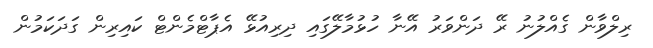
ރިލްވާން ގެއްލުނު ރޭ ދަންވަރު އޭނާ ހުޅުމާލޭގައި ދިރިއުޅޭ އެޕާޓްމެންޓް ކައިރިން ގަދަކަމުން